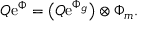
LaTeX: { \cal Q } \mathrm { e } ^ { \Phi } = \bigl ( { \cal Q } \mathrm { e } ^ { \Phi _ { g } } \bigr ) \otimes \Phi _ { m } .